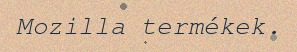
Mozilla termékek.